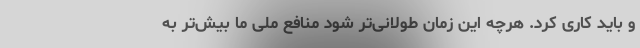
و باید کاری کرد. هرچه این زمان طولانی‌تر شود منافع ملی ما بیش‌تر به